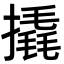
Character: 撬